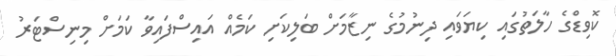
ކޮވިޑްގެ ހާލަތުގައި ކިޔަވައި ދިނުމުގެ ނިޒާމަށް ބަލިކަށި ކަމެއް އައިސްފައިވާ ކަމަށް މިނިސްޓަރު